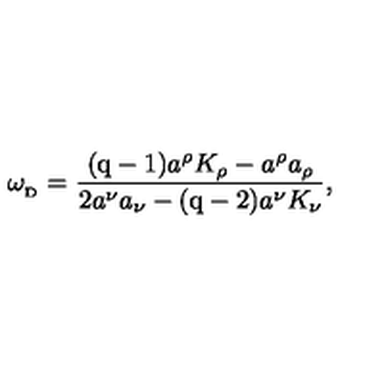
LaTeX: \omega _ { _ \mathrm { D } } = { \frac { { ( \mathrm { q - 1 ) } } a ^ { \rho } K _ { \rho } - a ^ { \rho } a _ { \rho } } { 2 a ^ { \nu } a _ { \nu } - { ( \mathrm { q - 2 ) } } a ^ { \nu } K _ { \nu } } } ,